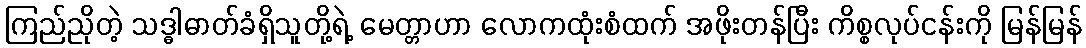
ကြည်ညိုတဲ့ သဒ္ဓါဓာတ်ခံရှိသူတို့ရဲ့ မေတ္တာဟာ လောကထုံးစံထက် အဖိုးတန်ပြီး ကိစ္စလုပ်ငန်းကို မြန်မြန်